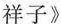
祥子》